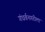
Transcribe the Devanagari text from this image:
गंधर्वनगरीला